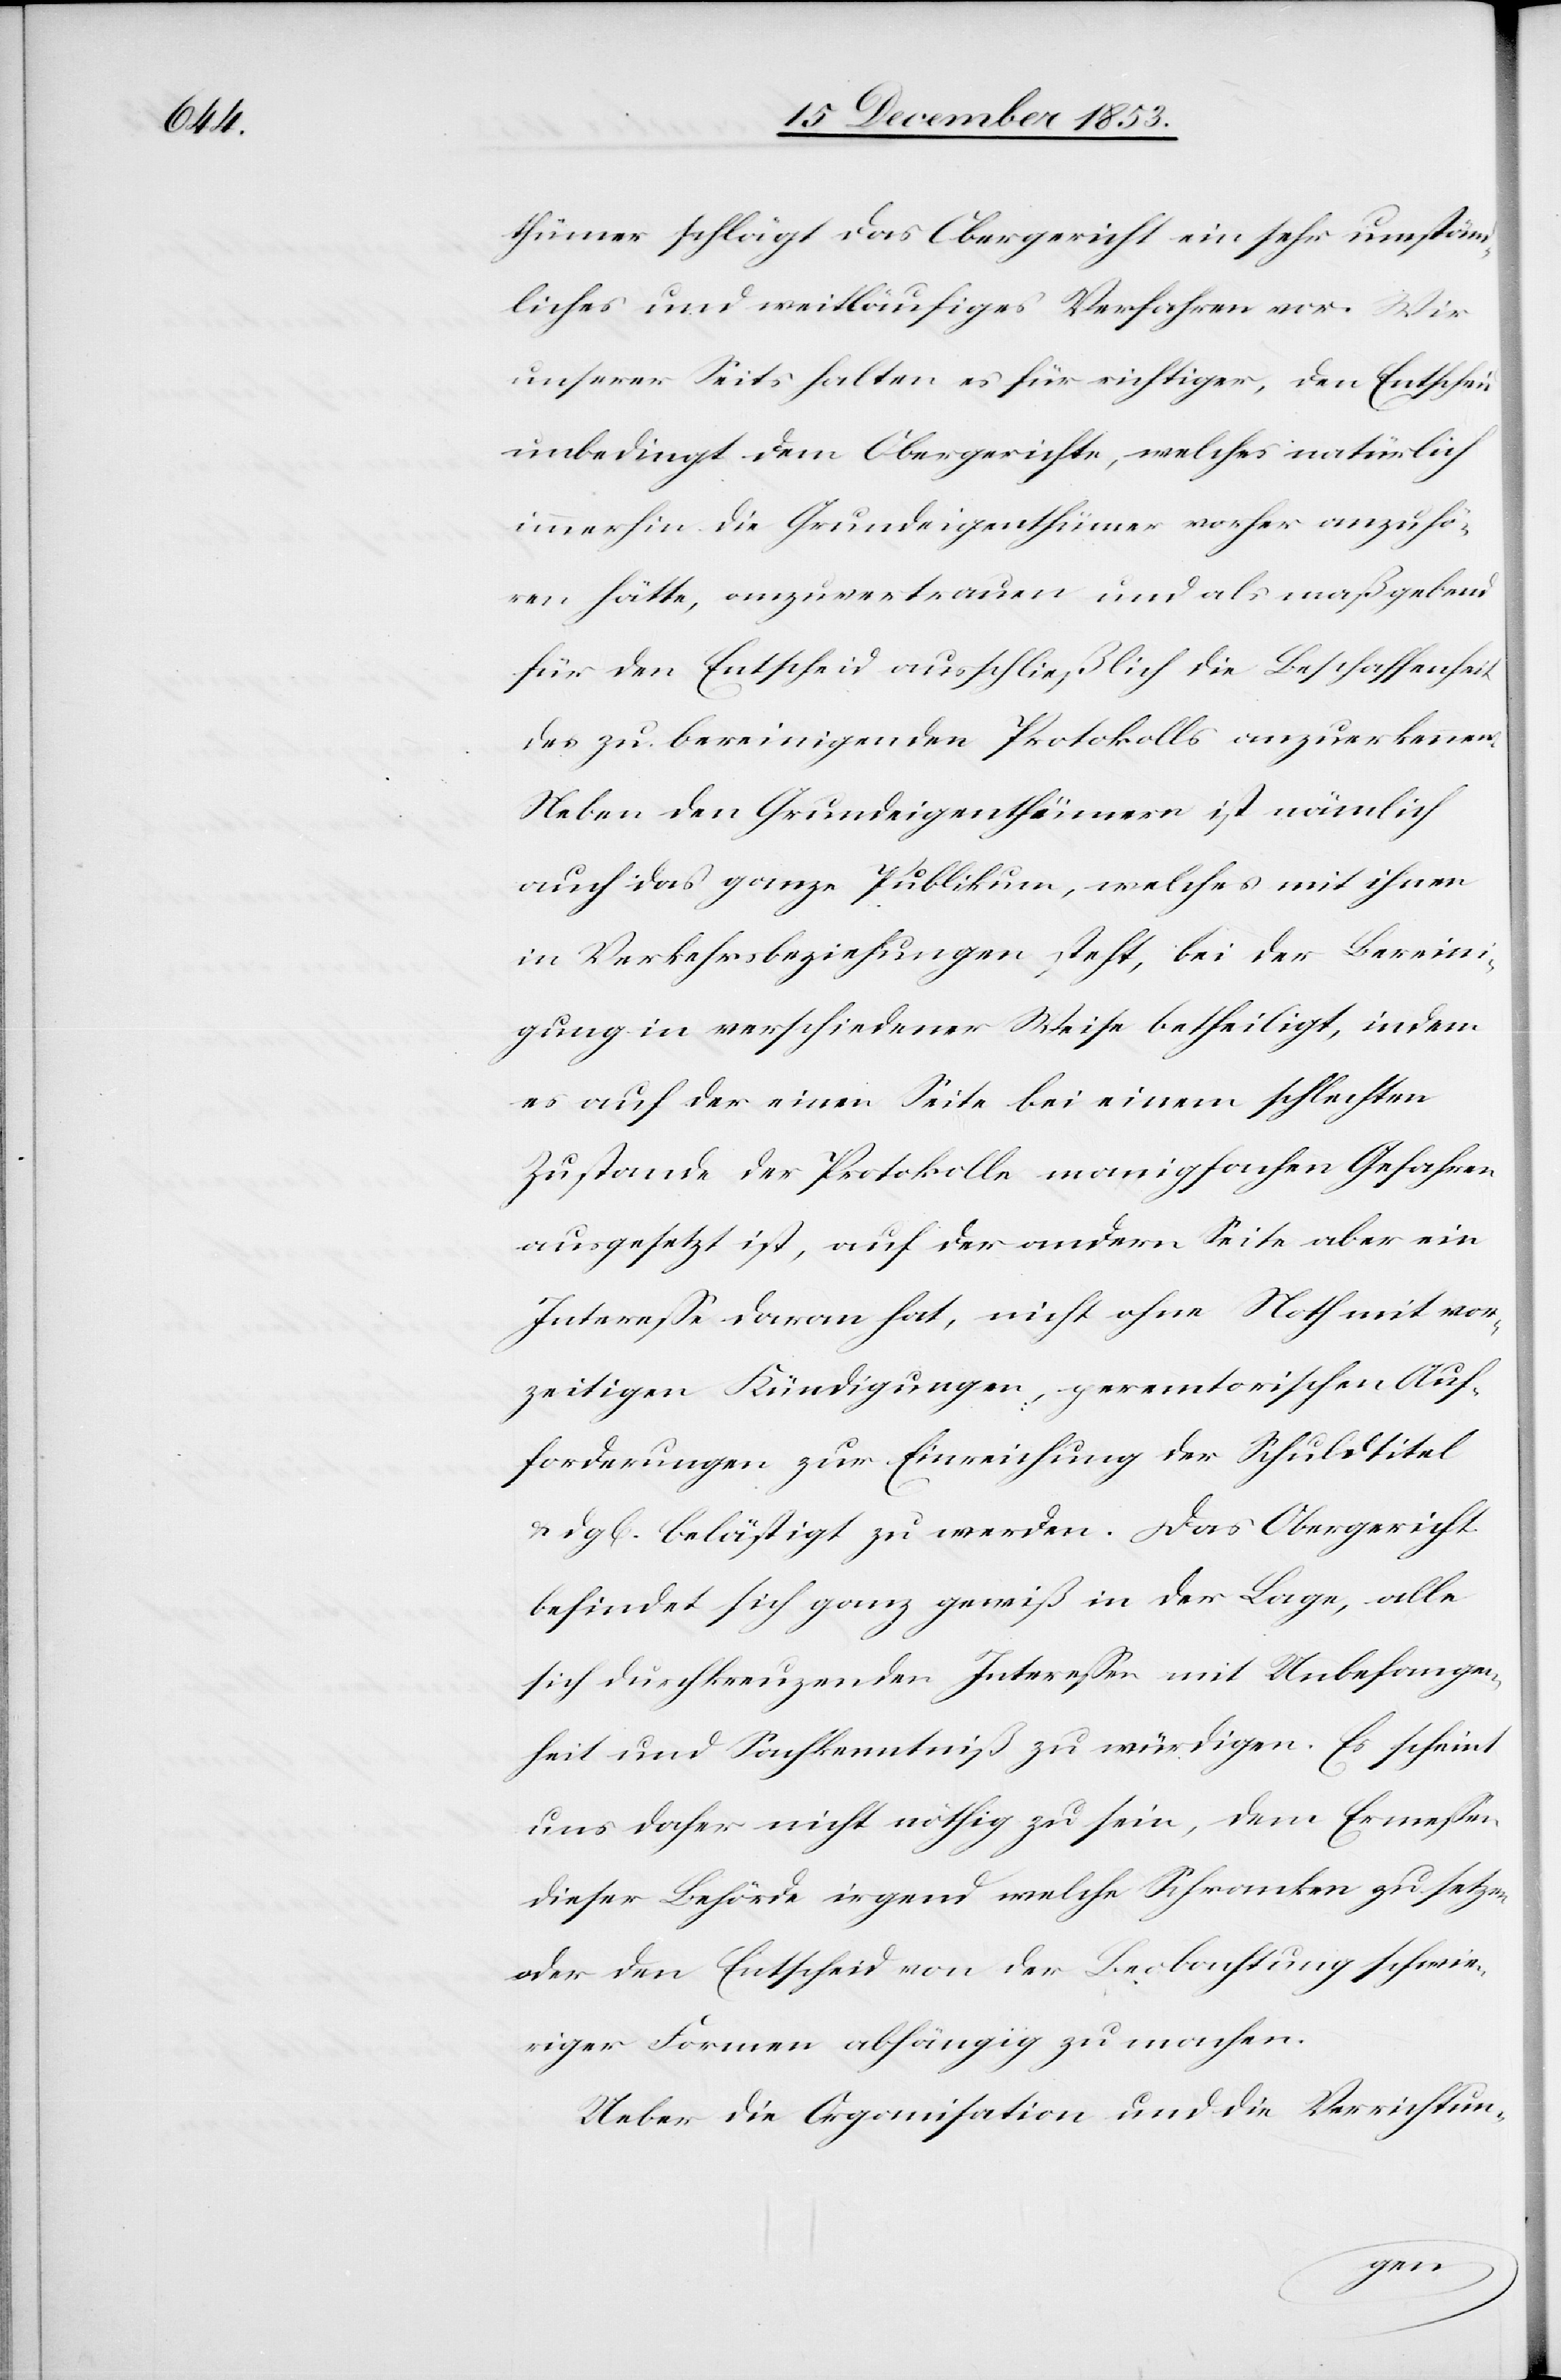
thümer schlägt das Obergericht ein sehr umständ¬
liches und weitläufiges Verfahren vor. Wir
unserer Seits halten es für richtiger, den Entscheid
unbedingt dem Obergerichte, welches natürlich
immerhin die Grundeigenthümer vorher anzuhö¬
ren hätte, anzuvertrauen und als maßgebend
für den Entscheid ausschließlich die Beschaffenheit
des zu bereinigenden Protokolls anzuerkennen.
Neben den Grundeigenthümern ist nämlich
auch das ganze Publikum, welches mit ihnen
in Verkehrsbeziehungen steht, bei der Bereini¬
gung in verschiedener Weise betheiligt, indem
es auf der einen Seite bei einem schlechten
Zustande der Protokolle manigfachen Gefahren
ausgesetzt ist, auf der andern Seite aber ein
Intereße daran hat, nicht ohne Noth mit vor¬
zeitigen Kündigungen, peremtorischen Auf¬
forderungen zur Einreichung der Schuldtitel
dgl. belästigt zu werden. Das Obergericht
befindet sich ganz gewiß in der Lage, alle
sich durchkreuzenden Intereßen mit Unbefangen¬
heit und Sachkenntniß zu würdigen. Es scheint
uns daher nicht nöthig zu sein, dem Ermeßen
dieser Behörde irgend welche Schranken zu setzen
oder den Entscheid von der Beobachtung schwie¬
riger Formen abhängig zu machen.
Ueber die Organisation und die Verrichtun-